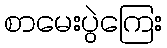
စာမေးပွဲကြေး